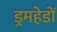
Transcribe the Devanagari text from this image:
ड्रमहेडों